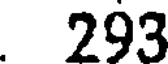
293